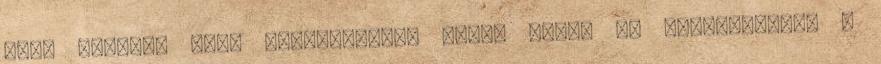
szív között. Bele gondolhatunk tehát annak az emberiségnek a